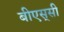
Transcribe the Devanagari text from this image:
बीएस्‌सी